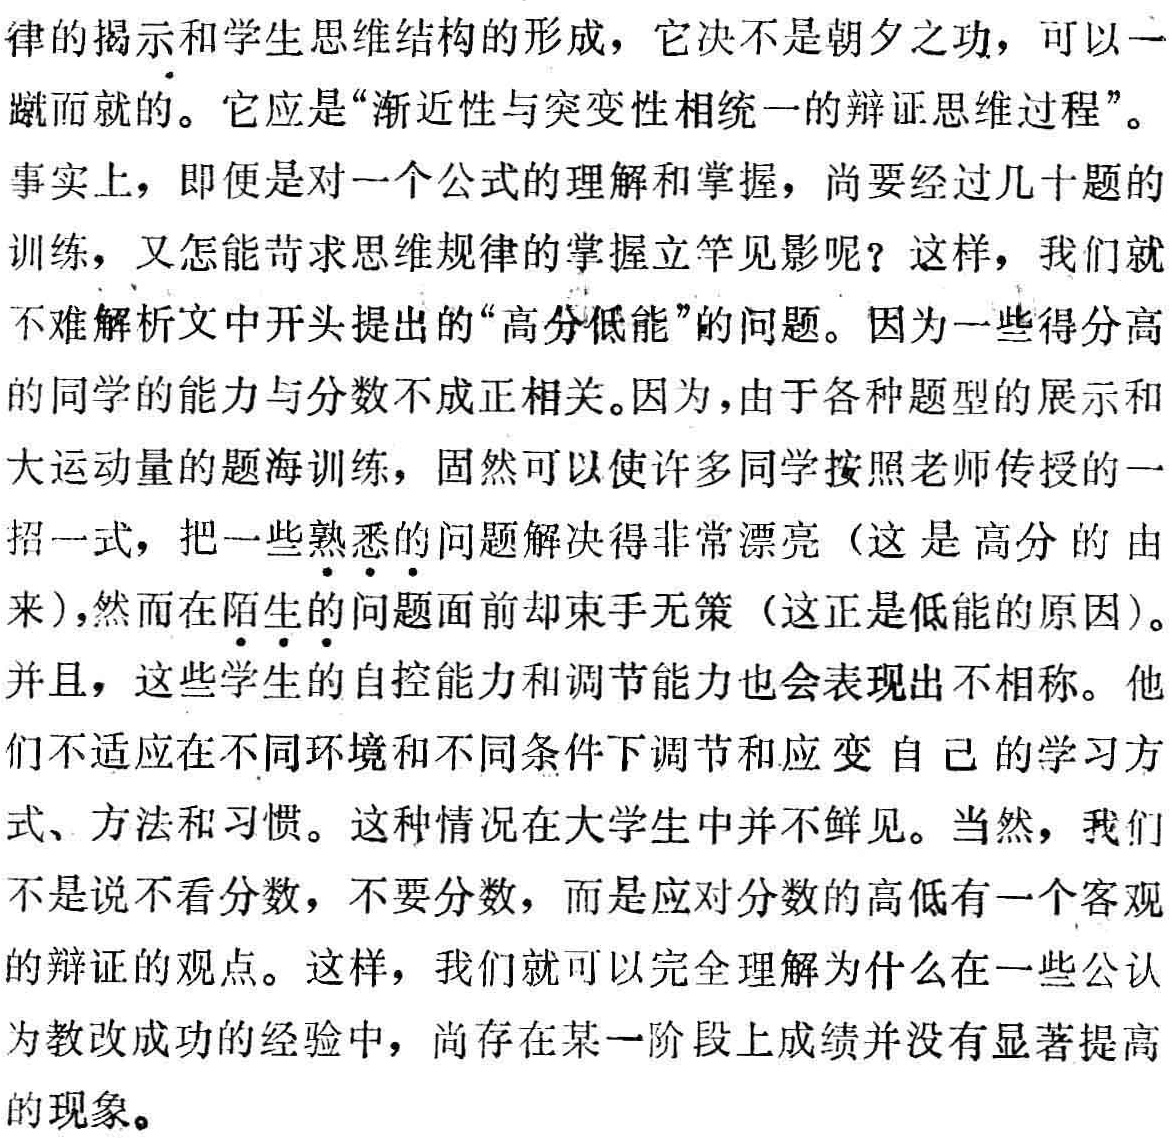
律的揭示和学生思维结构的形成，它决不是朝夕之功，可以一
蹴而就的。它应是“渐近性与突变性相统一的辩证思维过程”。
事实上，即便是对一个公式的理解和掌握，尚要经过几十题的
训练，又怎能苛求思维规律的掌握立竿见影呢？这样，我们就
不难解析文中开头提出的“高分低能”的问题。因为一些得分高
的同学的能力与分数不成正相关。因为，由于各种题型的展示和
大运动量的题海训练，固然可以使许多同学按照老师传授的一
招一式，把一些熟悉的问题解决得非常漂亮（这是高分的由
来），然而在陌生的问题面前却束手无策（这正是低能的原因）。
并且，这些学生的自控能力和调节能力也会表现出不相称。他
们不适应在不同环境和不同条件下调节和应变自己的学习方
式、方法和习惯。这种情况在大学生中并不鲜见。当然，我们
不是说不看分数，不要分数，而是应对分数的高低有一个客观
的辩证的观点。这样，我们就可以完全理解为什么在一些公认
为教改成功的经验中，尚存在某一阶段上成绩并没有显著提高
的现象。